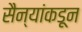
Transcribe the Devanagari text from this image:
सैन्यांकडून